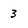
Character: 3